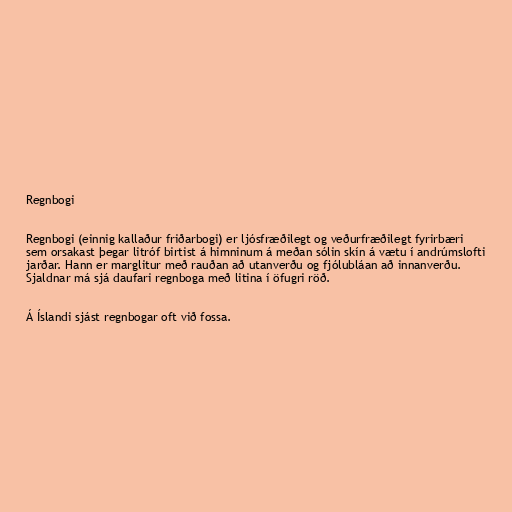
Regnbogi

Regnbogi (einnig kallaður friðarbogi) er ljósfræðilegt og veðurfræðilegt fyrirbæri
sem orsakast þegar litróf birtist á himninum á meðan sólin skín á vætu í andrúmslofti
jarðar. Hann er marglitur með rauðan að utanverðu og fjólubláan að innanverðu.
Sjaldnar má sjá daufari regnboga með litina í öfugri röð.

Á Íslandi sjást regnbogar oft við fossa.